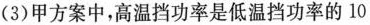
(3)甲方案中，高温挡功率是低温挡功率的10